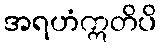
အရဟံဣတိပိ